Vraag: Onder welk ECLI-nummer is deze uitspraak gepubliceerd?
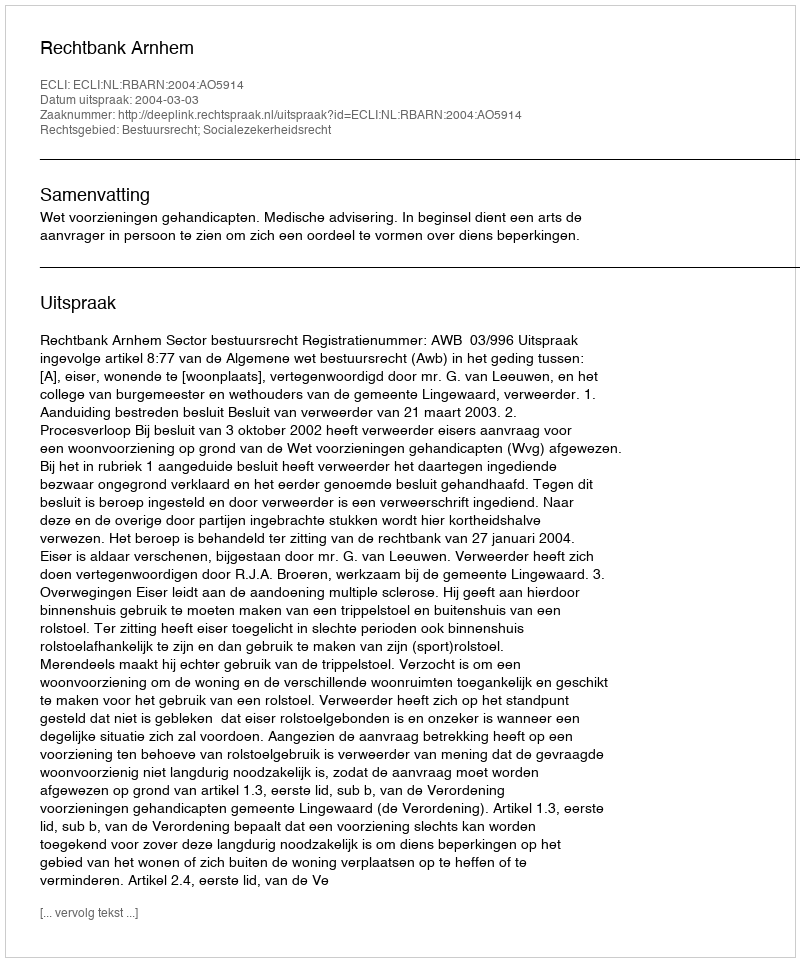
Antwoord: ECLI:NL:RBARN:2004:AO5914